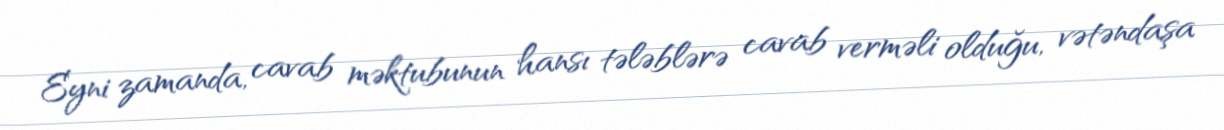
Eyni zamanda, cavab məktubunun hansı tələblərə cavab verməli olduğu, vətəndaşa